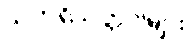
သက်ရှိသတ္တဝါများ